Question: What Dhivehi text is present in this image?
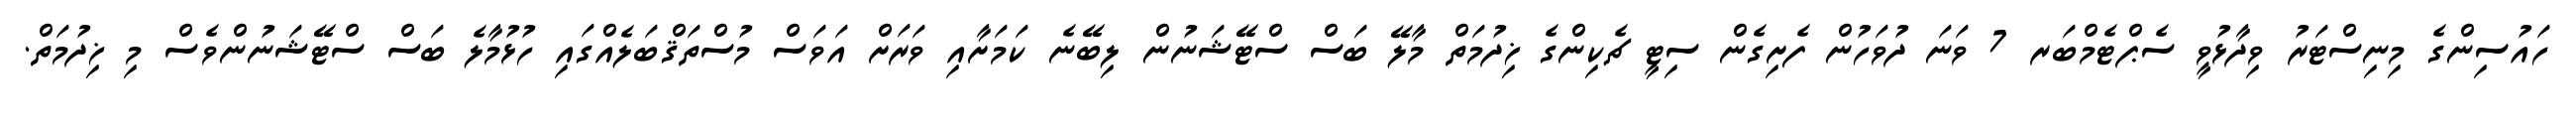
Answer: ހައުސިންގެ މިނިސްޓަރު ވިދާޅުވީ ސެޕްޓެމްބަރ 7 ވަނަ ދުވަހުން ފެށިގެން ސިޓީ ޗެކިންގެ ޚިދުމަތް މާލޭ ބަސް ސްޓޭޝަނުން ލިބޭނެ ކަމަށާއި ވަރަށް އަވަސް މުސްތަޤްބަލެއްގައި ހުޅުމާލެ ބަސް ސްޓޭޝަނުންވެސް މި ޚިދުމަތް.